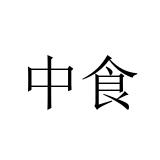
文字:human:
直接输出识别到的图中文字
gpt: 中食